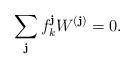
LaTeX: \begin{align*}\sum_{\textbf{j}} f_k^{{\textbf{j}}} W^{(\textbf{j})} = 0.\end{align*}